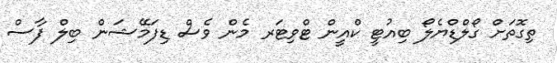
ތިގޮތަށް ގޯލްޑްޔެލޯ ބިއުޓީ ކްއީން ޓްވިޓަރ މެން ވެސް ޑިފަމޭޝަން ބިލް ފާސް